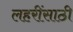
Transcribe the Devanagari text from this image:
लहरींसाठी